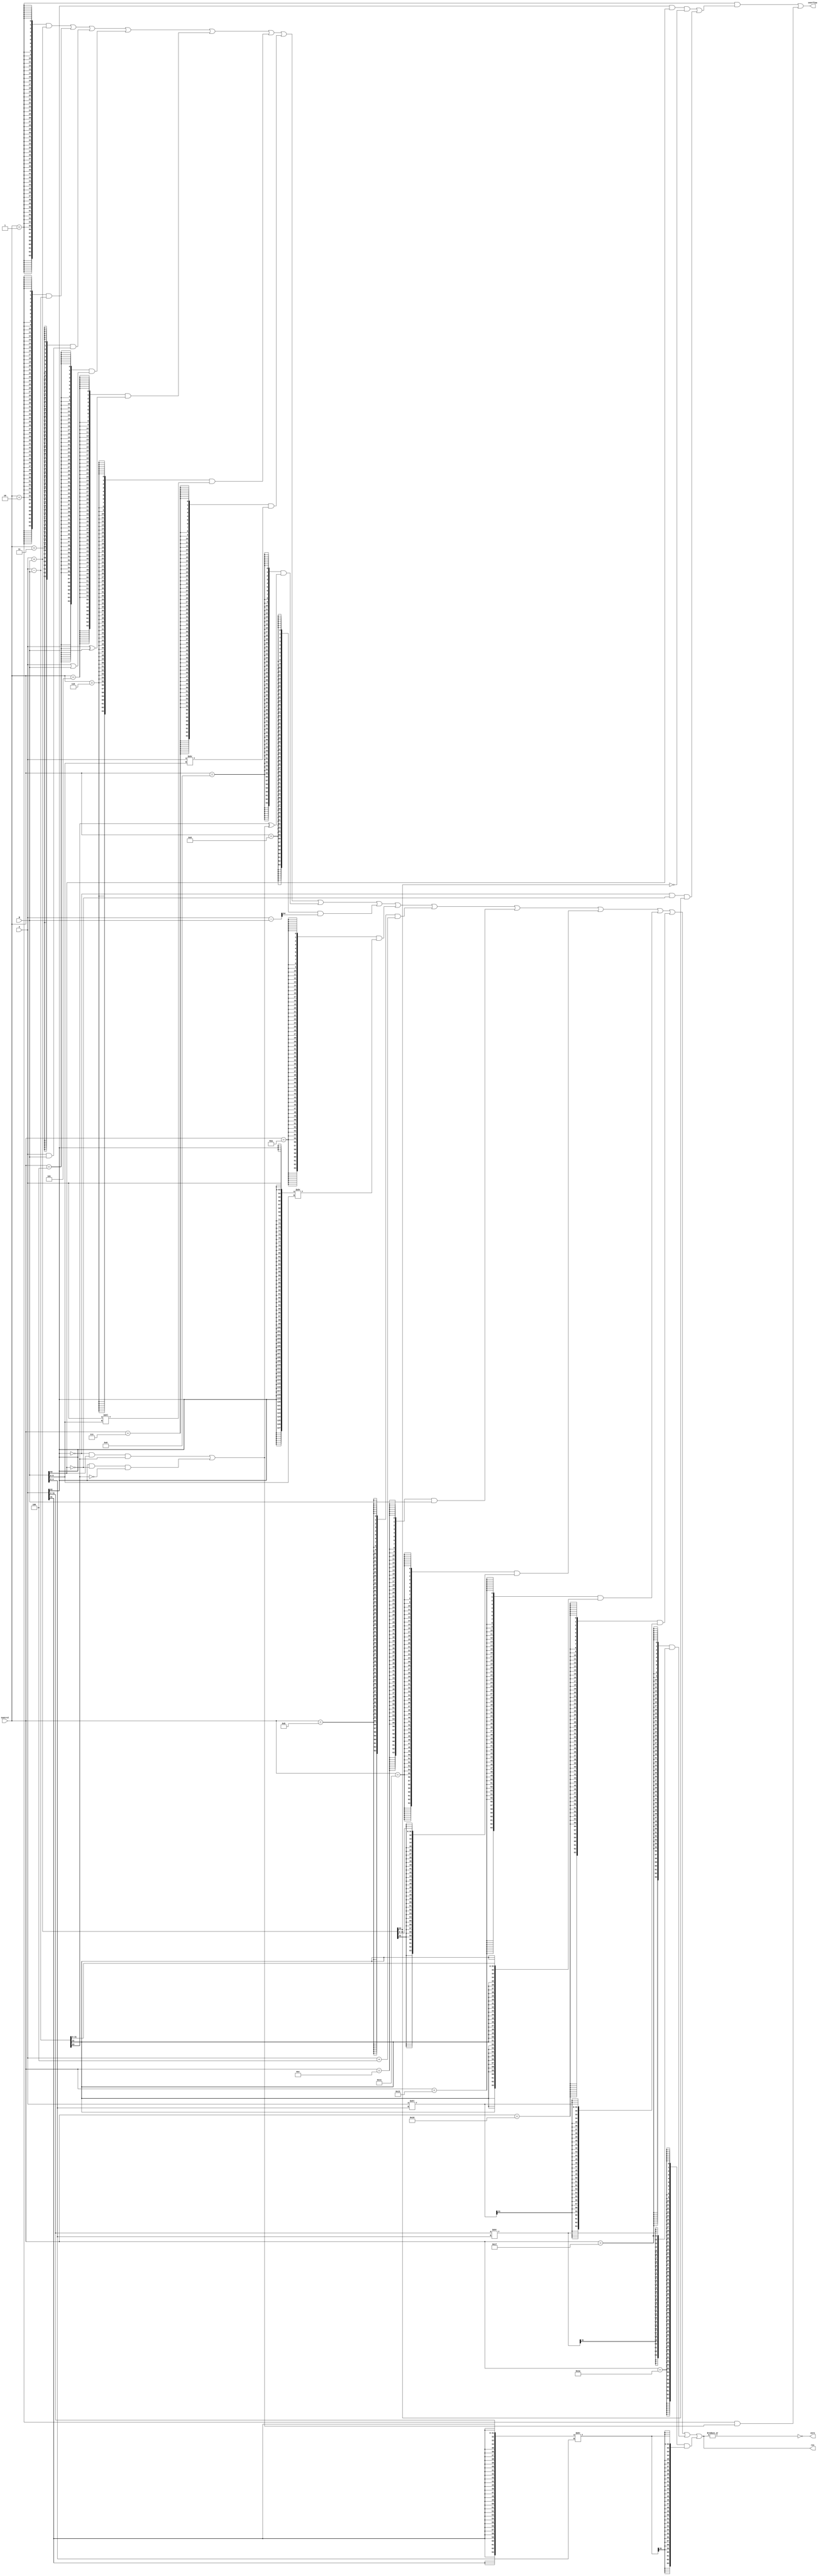
`timescale 1ns / 1ps

module ALU(
    input[63:0] A, B,
    input[4:0] Control,
    output[63:0] res,
    output zero, overflow
);

    localparam ALU_ADD  = 5'b00001;
    localparam ALU_SUB  = 5'b00010;
    localparam ALU_AND  = 5'b00011;
    localparam ALU_OR   = 5'b00100;
    localparam ALU_XOR  = 5'b00101;
    localparam ALU_SLL  = 5'b00110;
    localparam ALU_SRL  = 5'b00111;
    localparam ALU_SLT  = 5'b01000;
    localparam ALU_SLTU = 5'b01001;
    localparam ALU_SRA  = 5'b01010;
    localparam ALU_Ap4  = 5'b01011;
    localparam ALU_Bout = 5'b01100;
    localparam ALU_ADDW = 5'b10001; 
    localparam ALU_SUBW = 5'b10010;
    localparam ALU_SLLW = 5'b10110;
    localparam ALU_SRLW = 5'b10111;
    localparam ALU_SRAW = 5'b11010;

    wire[5:0] shamt = B[5:0];       // shamt is located in inst[25:20]. 
                                    // and since shamt is only needed for I-type instructions, 
                                    // we can use [5:0] of ALUsrcB(imm).
                                    // See also: ImmGen.v
                                    // wire[63:0] Imm_I = {{52{inst_field[31]}}, inst_field[31:20]};
    wire[4:0] shamt32 = shamt[4:0]; // used for slliw, srliw, sraiw
                                    // HIDDEN DANGERS:
                                    // (from manual 2017) These instructions are valid iff shamt[5]=0
    wire[64:0] res_subu = {1'b0,A} - {1'b0,B};

    wire[63:0] res_ADD  = A + B;
    wire[63:0] res_SUB  = A - B;
    wire[63:0] res_AND  = A & B;
    wire[63:0] res_OR   = A | B;
    wire[63:0] res_XOR  = A ^ B;
    wire[63:0] res_SLL  = A << shamt;
    wire[63:0] res_SRL  = A >> shamt;
    wire[63:0] res_SLLW = A << shamt32;
    wire[63:0] res_SRLW = {32'b0, A[31:0]} >> shamt32;

    wire add_of = A[63] & B[63] & ~res_ADD[63] | // neg + neg = pos
                  ~A[63] & ~B[63] & res_ADD[63]; // pos + pos = neg
    wire sub_of = ~A[63] & B[63] & res_SUB[63] | // pos - neg = neg
                  A[63] & ~B[63] & ~res_SUB[63]; // neg - pos = pos
    
    wire[63:0] res_SLT  = {63'b0, res_SUB[63] ^ sub_of};
    wire[63:0] res_SLTU = {63'b0, res_subu[64]};
    wire[63:0] res_SRA  = {{64{A[63]}}, A} >> shamt;
    wire[63:0] res_SRAW = {{32{A[31]}}, A[31:0]} >> shamt32;
    wire[63:0] res_Ap4  = A + 4;
    wire[63:0] res_Bout = B;

    wire ADD  = Control == ALU_ADD ;
    wire SUB  = Control == ALU_SUB ;
    wire AND  = Control == ALU_AND ;
    wire OR   = Control == ALU_OR  ;
    wire XOR  = Control == ALU_XOR ;
    wire SLL  = Control == ALU_SLL ;
    wire SRL  = Control == ALU_SRL ;
    wire SLT  = Control == ALU_SLT ;
    wire SLTU = Control == ALU_SLTU;
    wire SRA  = Control == ALU_SRA ;
    wire Ap4  = Control == ALU_Ap4 ;
    wire Bout = Control == ALU_Bout;
    wire ADDW = Control == ALU_ADDW; 
    wire SUBW = Control == ALU_SUBW;
    wire SLLW = Control == ALU_SLLW;
    wire SRLW = Control == ALU_SRLW;
    wire SRAW = Control == ALU_SRAW;
    
    assign zero = ~|res;
    
    assign overflow = (Control == ALU_ADD && add_of) | 
                    (Control == ALU_SUB && sub_of); // HIDDEN DANGERS:
                                                    // We do not consider overflows for -w instructions, 
                                                    // even though they may indeed occur (for the lower 32 bits)
                                                    // I have confirmed that in our current RV64I processor, 
                                                    // there is no utilization to the ALUoverflow_EXE (here, overflow) signal
    
    assign res =    {64{ADD }} & res_ADD  |
                    {64{SUB }} & res_SUB  |
                    {64{AND }} & res_AND  |
                    {64{OR  }} & res_OR   |
                    {64{XOR }} & res_XOR  |
                    {64{SLL }} & res_SLL  |
                    {64{SRL }} & res_SRL  |
                    {64{SLT }} & res_SLT  |
                    {64{SLTU}} & res_SLTU |
                    {64{SRA }} & res_SRA  |
                    {64{Ap4 }} & res_Ap4  |
                    {64{Bout}} & res_Bout |
                    {64{ADDW}} & {{32{res_ADD[31]}}, res_ADD[31:0]}     |
                    {64{SUBW}} & {{32{res_SUB[31]}}, res_SUB[31:0]}     |
                    {64{SLLW}} & {{32{res_SLLW[31]}}, res_SLLW[31:0]}   |
                    {64{SRLW}} & {{32{res_SRLW[31]}}, res_SRLW[31:0]}   |
                    {64{SRAW}} & {{32{res_SRAW[31]}}, res_SRAW[31:0]}   ;

endmodule